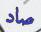
صاد